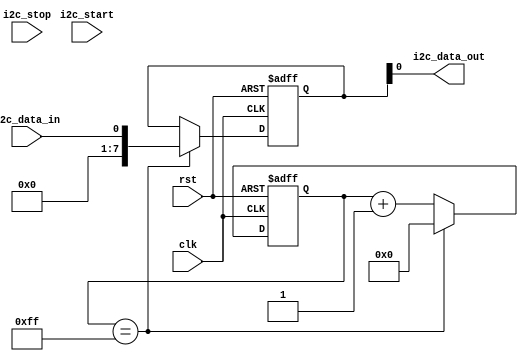
module i2c_controller (
    input wire clk, // System clock input
    input wire rst, // Reset input
    input wire i2c_start, // I2C start signal input
    input wire i2c_stop, // I2C stop signal input
    input wire i2c_data_in, // Incoming I2C data input
    output wire i2c_data_out // Outgoing I2C data output
);

// Timing control logic to generate clock signals for I2C bus communication protocol
reg [7:0] counter;
reg sda_reg, scl_reg;
always @ (posedge clk or posedge rst) begin
    if (rst) begin
        counter <= 8'b0;
        sda_reg <= 1'b1;
        scl_reg <= 1'b1;
    end else begin
        if (counter == 8'b11111111) begin
            counter <= 8'b0;
        end else begin
            counter <= counter + 1;
        end
        
        if (i2c_start) begin
            sda_reg <= 1'b0;
            scl_reg <= 1'b0;
        end else if (i2c_stop) begin
            sda_reg <= 1'b1;
            scl_reg <= 1'b1;
        end
    end
end

// Synchronization blocks for data transfer between devices on I2C bus
reg [7:0] data_reg;
always @ (posedge clk or posedge rst) begin
    if (rst) begin
        data_reg <= 8'b0;
    end else begin
        if (counter == 8'b11111111) begin
            data_reg <= i2c_data_in;
        end
    end
end

// Error checking mechanism to ensure reliable communication on I2C bus
reg error_flag;
always @ (posedge clk or posedge rst) begin
    if (rst) begin
        error_flag <= 1'b0;
    end else begin
        if (counter == 8'b11111111) begin
            if (i2c_data_in != data_reg) begin
                error_flag <= 1'b1;
            end else begin
                error_flag <= 1'b0;
            end
        end
    end
end

assign i2c_data_out = data_reg;

endmodule